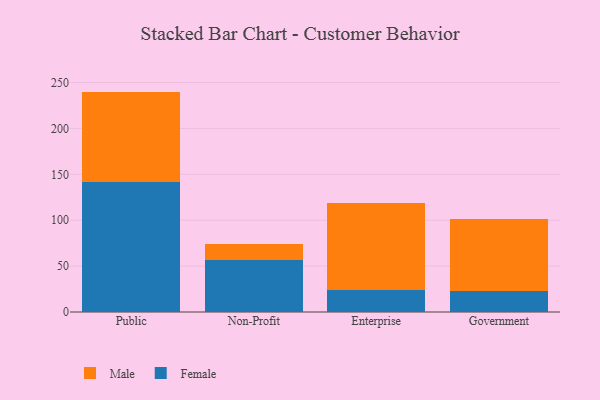
{"axis": {"x": "Segment", "y": "Bounce Rate (%)"}, "legend": ["Female", "Male"], "data": [{"x": "Public", "y": 141.7, "type": "Female"}, {"x": "Public", "y": 98.4, "type": "Male"}, {"x": "Non-Profit", "y": 56.3, "type": "Female"}, {"x": "Non-Profit", "y": 17.9, "type": "Male"}, {"x": "Enterprise", "y": 24.5, "type": "Female"}, {"x": "Enterprise", "y": 94.7, "type": "Male"}, {"x": "Government", "y": 23.0, "type": "Female"}, {"x": "Government", "y": 77.9, "type": "Male"}]}